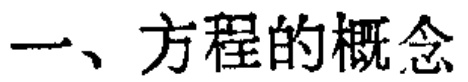
一、方程的概念